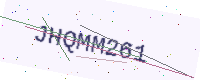
Text: JHQMM261